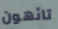
تائهون